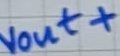
Text: vout+